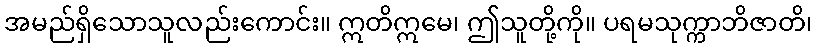
အမည်ရှိသောသူလည်းကောင်း။ ဣတိဣမေ၊ ဤသူတို့ကို။ ပရမသုက္ကာဘိဇာတိ၊